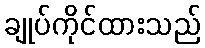
ချုပ်ကိုင်ထားသည်